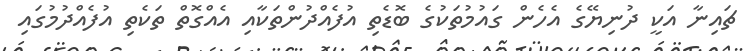
ޗައިނާ އަކީ ދުނިޔޭގެ އެހެން ގައުމުތަކުގެ ބޮޑެތި އުފެއްދުންތަކާއި އެއްގޮތް ތަކެތި އުފެއްދުމުގައި